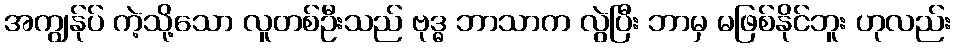
အကျွန်ုပ် ကဲ့သို့သော လူတစ်ဦးသည် ဗုဒ္ဓ ဘာသာက လွဲပြီး ဘာမှ မဖြစ်နိုင်ဘူး ဟုလည်း